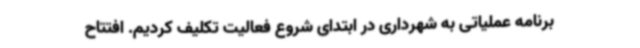
برنامه عملیاتی به شهرداری در ابتدای شروع فعالیت تکلیف کردیم. افتتاح